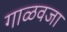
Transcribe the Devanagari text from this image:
गाळवजा